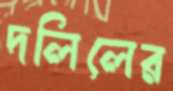
দলিলের